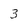
Character: 3